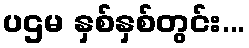
ပဌမ နှစ်နှစ်တွင်း...